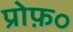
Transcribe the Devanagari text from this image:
प्रोफ़०